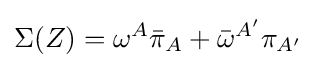
\Sigma (Z)=\omega ^{A}{\bar {\pi }}_{A}+{\bar {\omega }}^{A'}\pi _{A'}